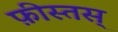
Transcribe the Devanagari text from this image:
फ़ीस्तस्